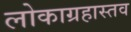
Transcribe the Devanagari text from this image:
लोकाग्रहास्तव